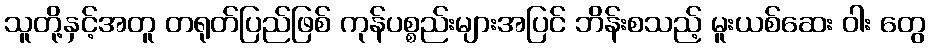
သူတို့နှင့်အတူ တရုတ်ပြည်ဖြစ် ကုန်ပစ္စည်းများအပြင် ဘိန်းစသည့် မူးယစ်ဆေး ဝါး တွေ